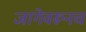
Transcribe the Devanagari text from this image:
जागेवरूनच